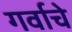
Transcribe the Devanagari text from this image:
गर्वाचे